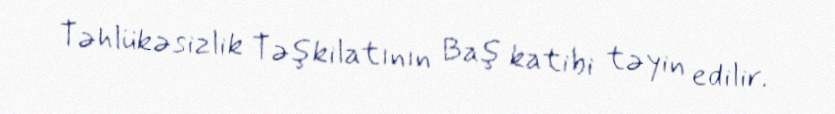
Təhlükəsizlik Təşkilatının Baş katibi təyin edilir.